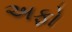
અફો